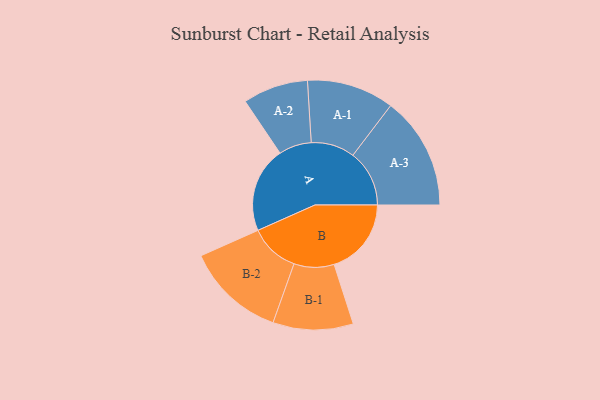
{"axis": {"x": "Segment", "y": "Value"}, "legend": ["", "A", "B"], "data": [{"x": "A", "y": 367, "type": ""}, {"x": "B", "y": 331, "type": ""}, {"x": "A-1", "y": 187, "type": "A"}, {"x": "A-2", "y": 140, "type": "A"}, {"x": "A-3", "y": 242, "type": "A"}, {"x": "B-1", "y": 172, "type": "B"}, {"x": "B-2", "y": 213, "type": "B"}]}